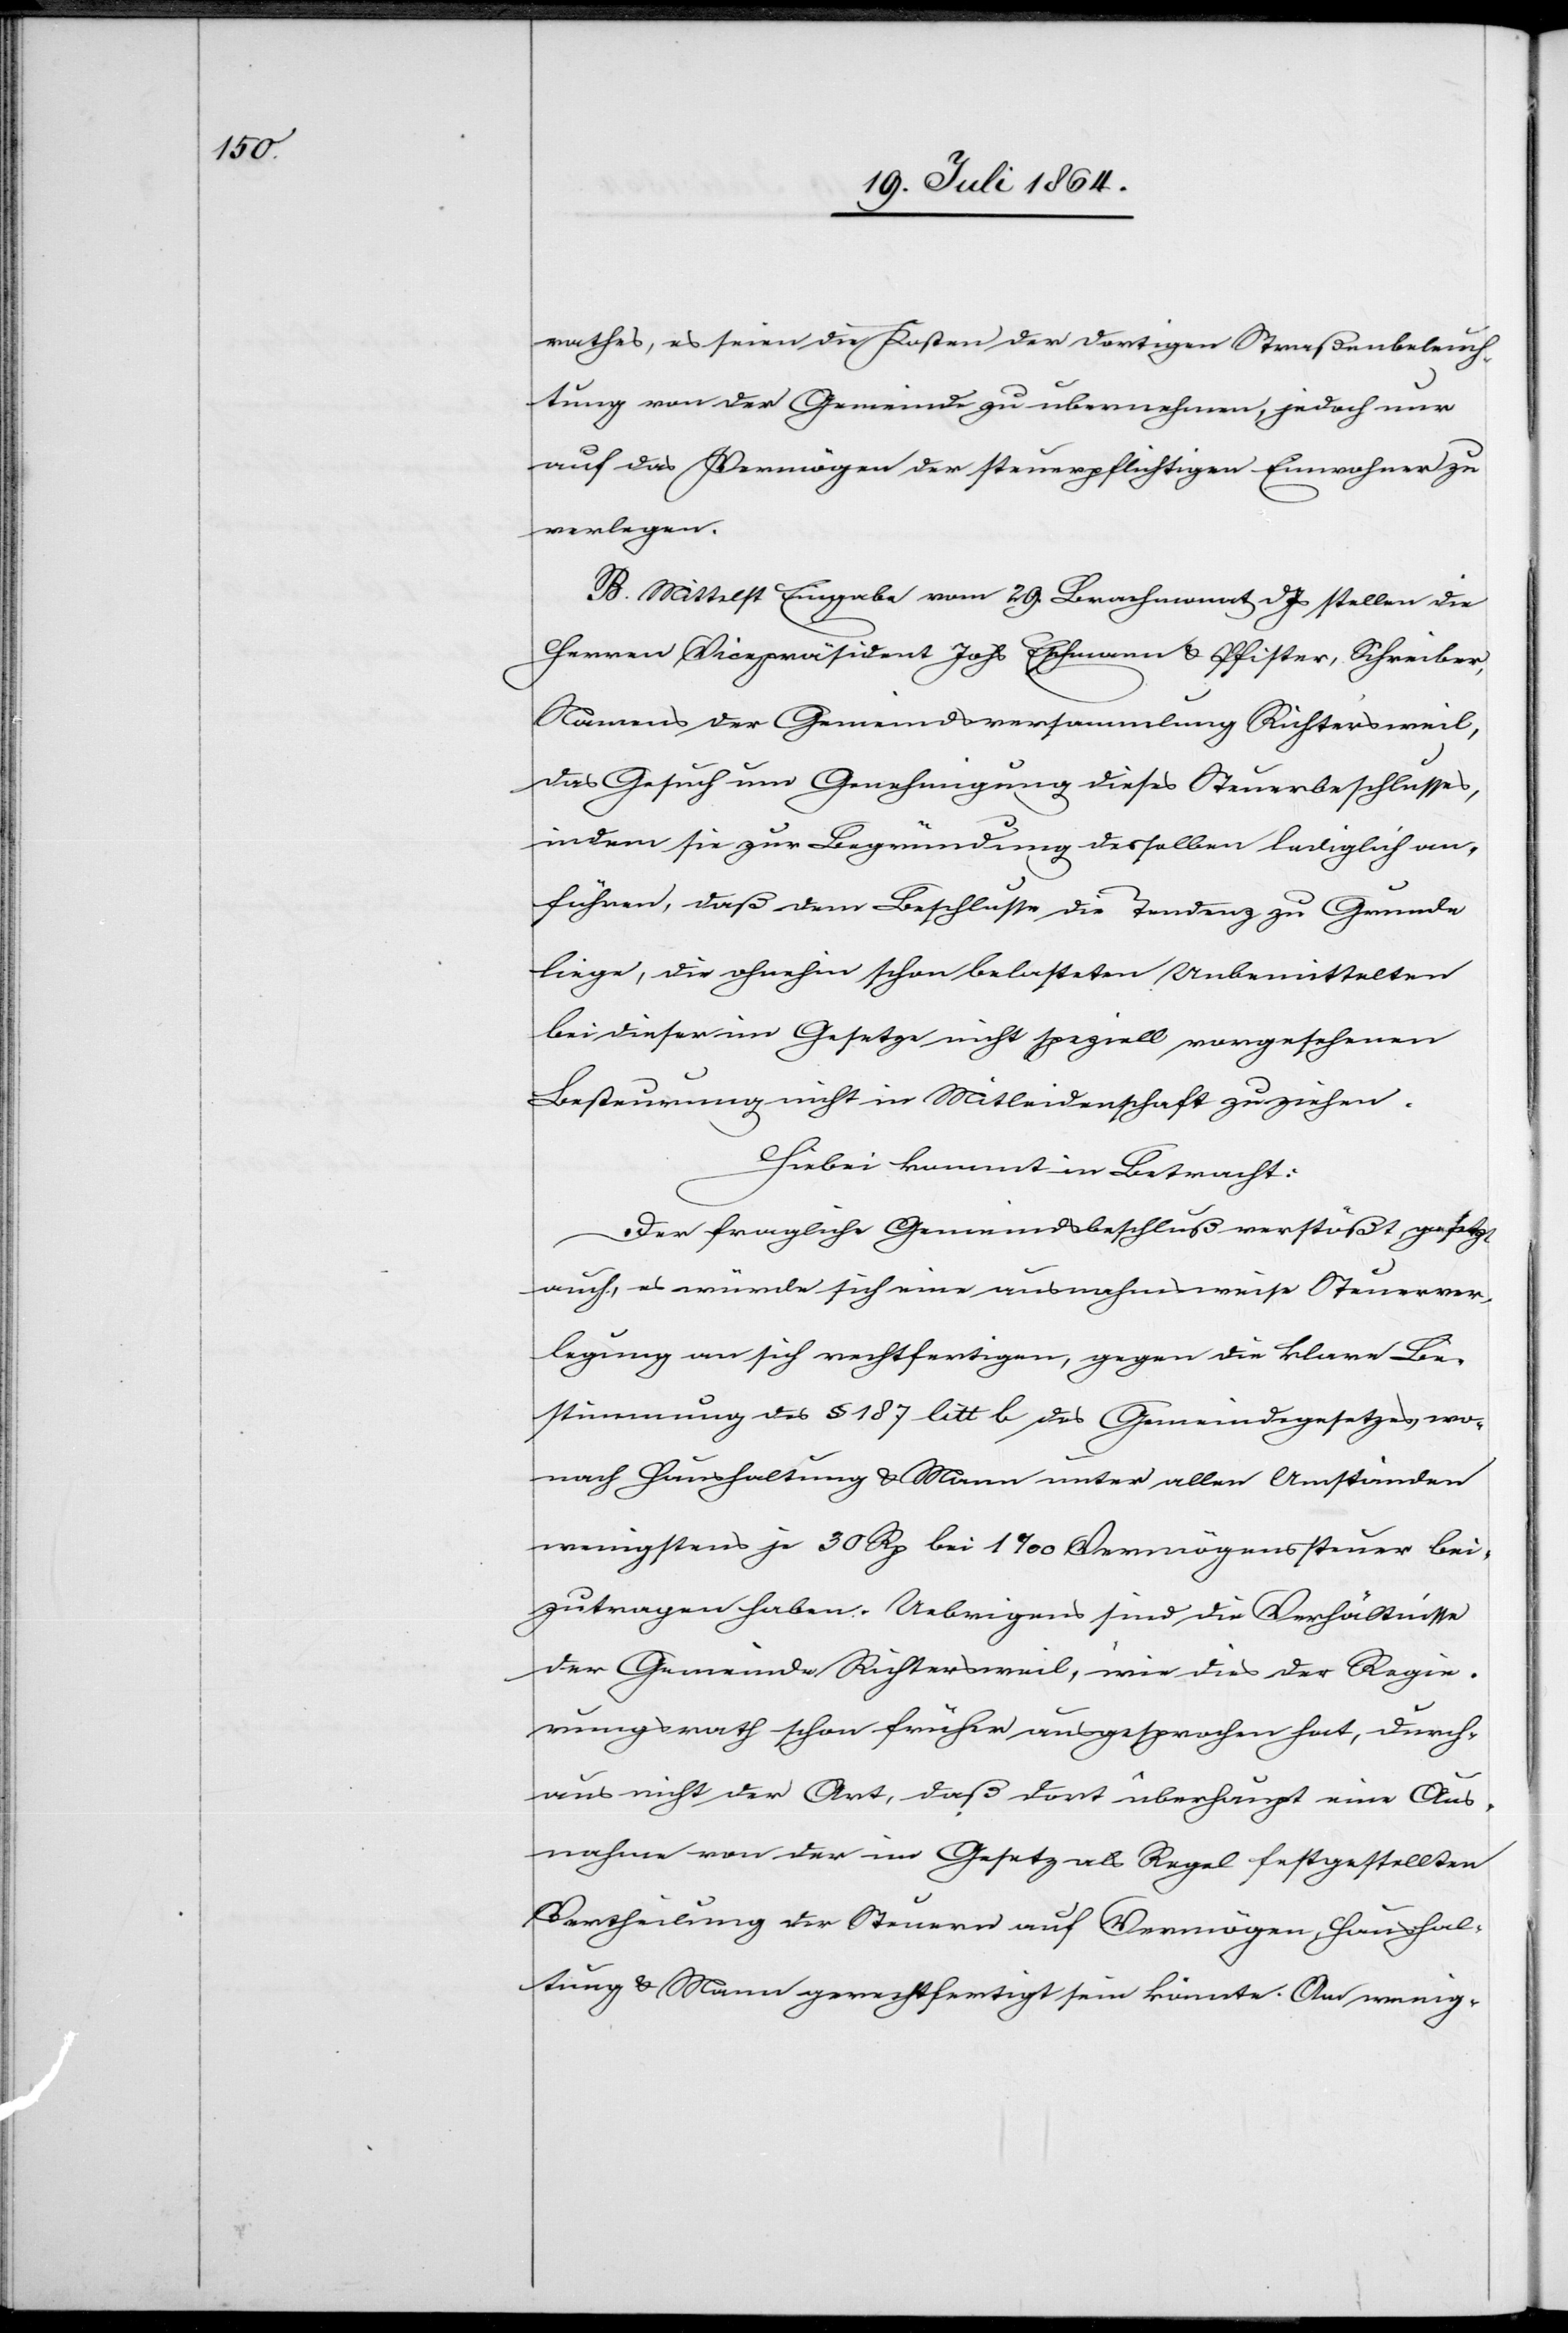
rathes, es seien die Kosten der dortigen Straßenbeleuch¬
tung von der Gemeinde zu ubernehmen, jedoch nur
auf das Vermögen der steuerpflichtigen Einwohner zu
verlegen.
B. Mittelst Eingabe vom 29. Brachmonat d. Js. stellen die
Herren Vicepräsident Johs Eschmann u. Pfister, Schreiber,
Namens der Gemeindsversammlung Richtersweil,
das Gesuch um Genehmigung dieses Steuerbeschlusses,
indem sie zur Begründung desselben lediglich an¬
führen, daß dem Beschlusse die Tendenz zu Grunde
liege, die ohnehin schon belasteten Unbemittelten
bei dieser im Gesetze nicht speziell vorgesehenen
Besteuerung nicht in Mitleidenschaft zuziehen.
Hiebei kommt in Betracht:
Der fragliche Gemeindsbeschluß verstößt gesetzt
auch, es würde sich eine ausnahmsweise Steuerver¬
legung an sich rechtfertigen, gegen die klare Be¬
stimmung des § 187 litt b des Gemeindegesetzes, wo¬
nach Haushaltung u. Mann unter allen Umständen
wenigstens je 30 Rp bei 1‰ Vermögenssteuer bei¬
zutragen haben. Uebrigens sind die Verhältnisse
der Gemeinde Richtersweil, wie dies der Regie¬
rungsrath schon früher ausgesprochen hat, durch¬
aus nicht der Art, daß dort überhaupt eine Aus¬
nahme von der im Gesetz als Regel festgestellten
Vertheilung der Steuern auf Vermögen, Haushal¬
tung u. Mann gerechtfertigt sein könnte. Am wenig-